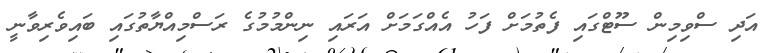
އަދި ސްވިމިން ސޫޓްގައި ފެތުމަށް ފަހު އެއްގަމަށް އަރައި ނިންމުމުގެ ރަސްމިއްޔާތުގައި ބައިވެރިވާނީ